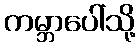
ကမ္ဘာပေါ်သို့